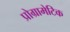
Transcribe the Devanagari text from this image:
प्रोग्रामेटिक